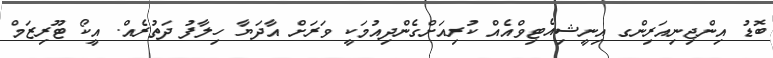
ބޮޑު އިންޖިނިއަރިންގ އިނީޝިއެޓިވްއެއް ކުރިއަށްގެންދިއުމަކީ ވަރަށް އާދަޔާ ހިލާފު ދަތުރެއް. އީކޯ ޓޫރިޒަމް